Report of the Municipal Commissioner on the plague in Bombay for the year ending 31st May... - Volume 3
Disease focus: Plague
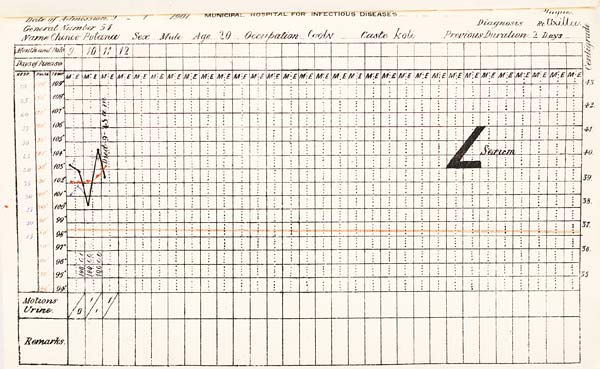
Date
of
Admission
1901
MUNICIPAL
HOSPITAL
FOR
INFECTIOUS
DISEASES.
General
Number
Diagnosis
Name
Sex
Age
Occupation
Caste
Previous
Duration